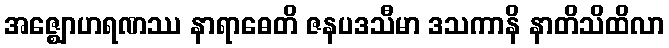
အဇ္ဈောဟရဏဿ နာရာဓေတိ ဇနပဒသီမာ ဒသကာနိ နာတိသိထိလာ